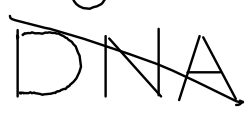
Text: DNA
Cross-out: diagonal
Writing tool: digital_black